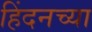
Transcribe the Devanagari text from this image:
हिंदनच्या